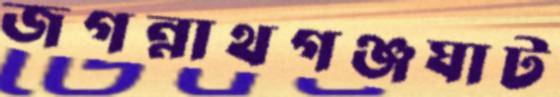
জগন্নাথগঞ্জঘাট